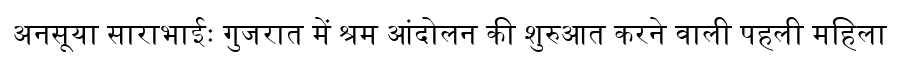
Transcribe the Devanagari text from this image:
अनसूया साराभाईः गुजरात में श्रम आंदोलन की शुरुआत करने वाली पहली महिला